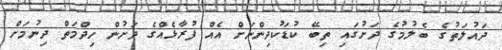
ދައުލަތުގެ ބެލުމުގެ ދަށުގައި ތިބޭ ކުޑަކުދިންނަށް އެއް ފުރާޅެއްގެ ދަށުން ހިދްމަތް ދިނުމަށް